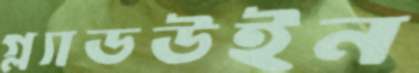
গ্ল্যাডউইন